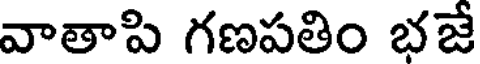
వాతాపి గణపతిం భజే